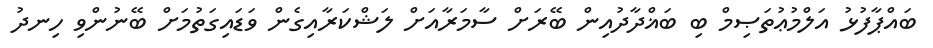
ބައްޕާފުޅު އަލްމުޢުތަޞިމް ބި ބަޣްދާދުއިން ބޭރަށް ސާމަރާއަށް ލަޝްކަރާއިގެން ވަޑައިގަތުމަށް ބޭނުންވި ހިނދު